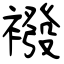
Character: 襏